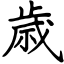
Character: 歳